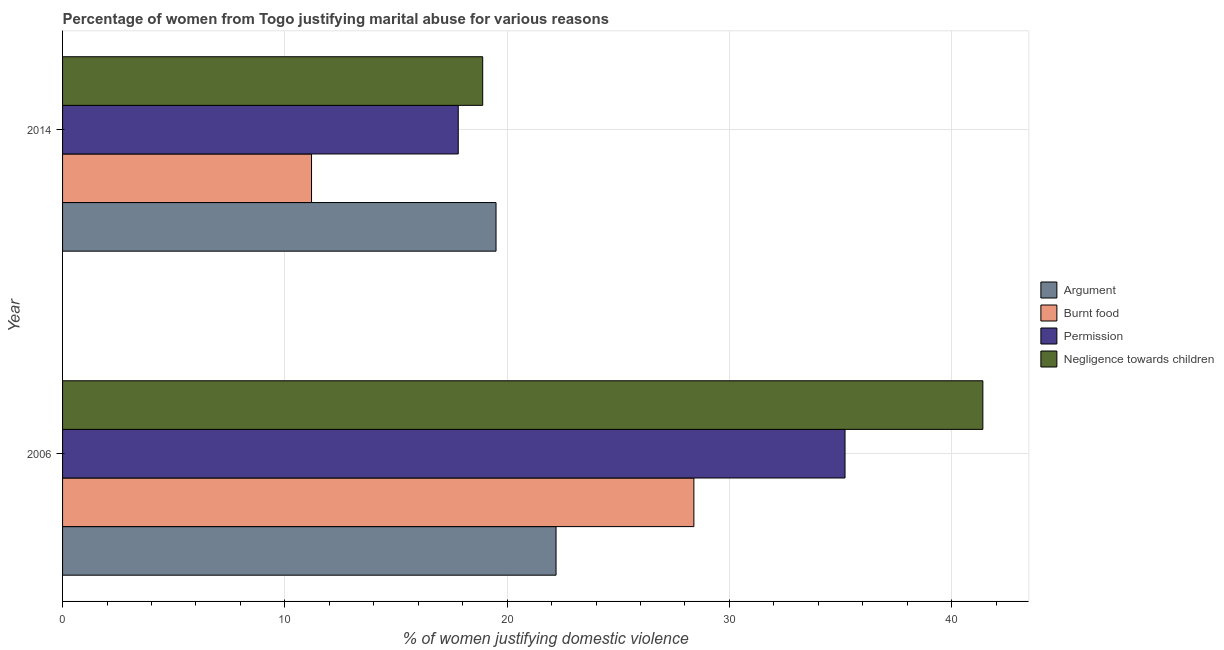
| Year | Argument | Burnt food | Permission | Negligence towards children |
 | --- | --- | --- | --- | --- |
 | 2006 | 22.2 | 28.4 | 35.2 | 41.4 |
 | 2014 | 19.5 | 11.2 | 17.8 | 18.9 |